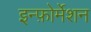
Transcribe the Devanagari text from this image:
इन्फ़ोर्मेशन